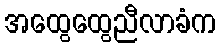
အထွေထွေညီလာခံက